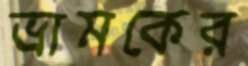
ভ্রামকের